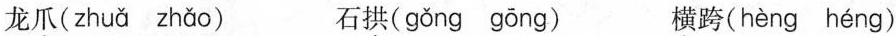
龙爪( zhuǎ zhǎo ) 石拱( gǒng gōng )